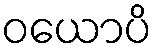
ဝယောပိ